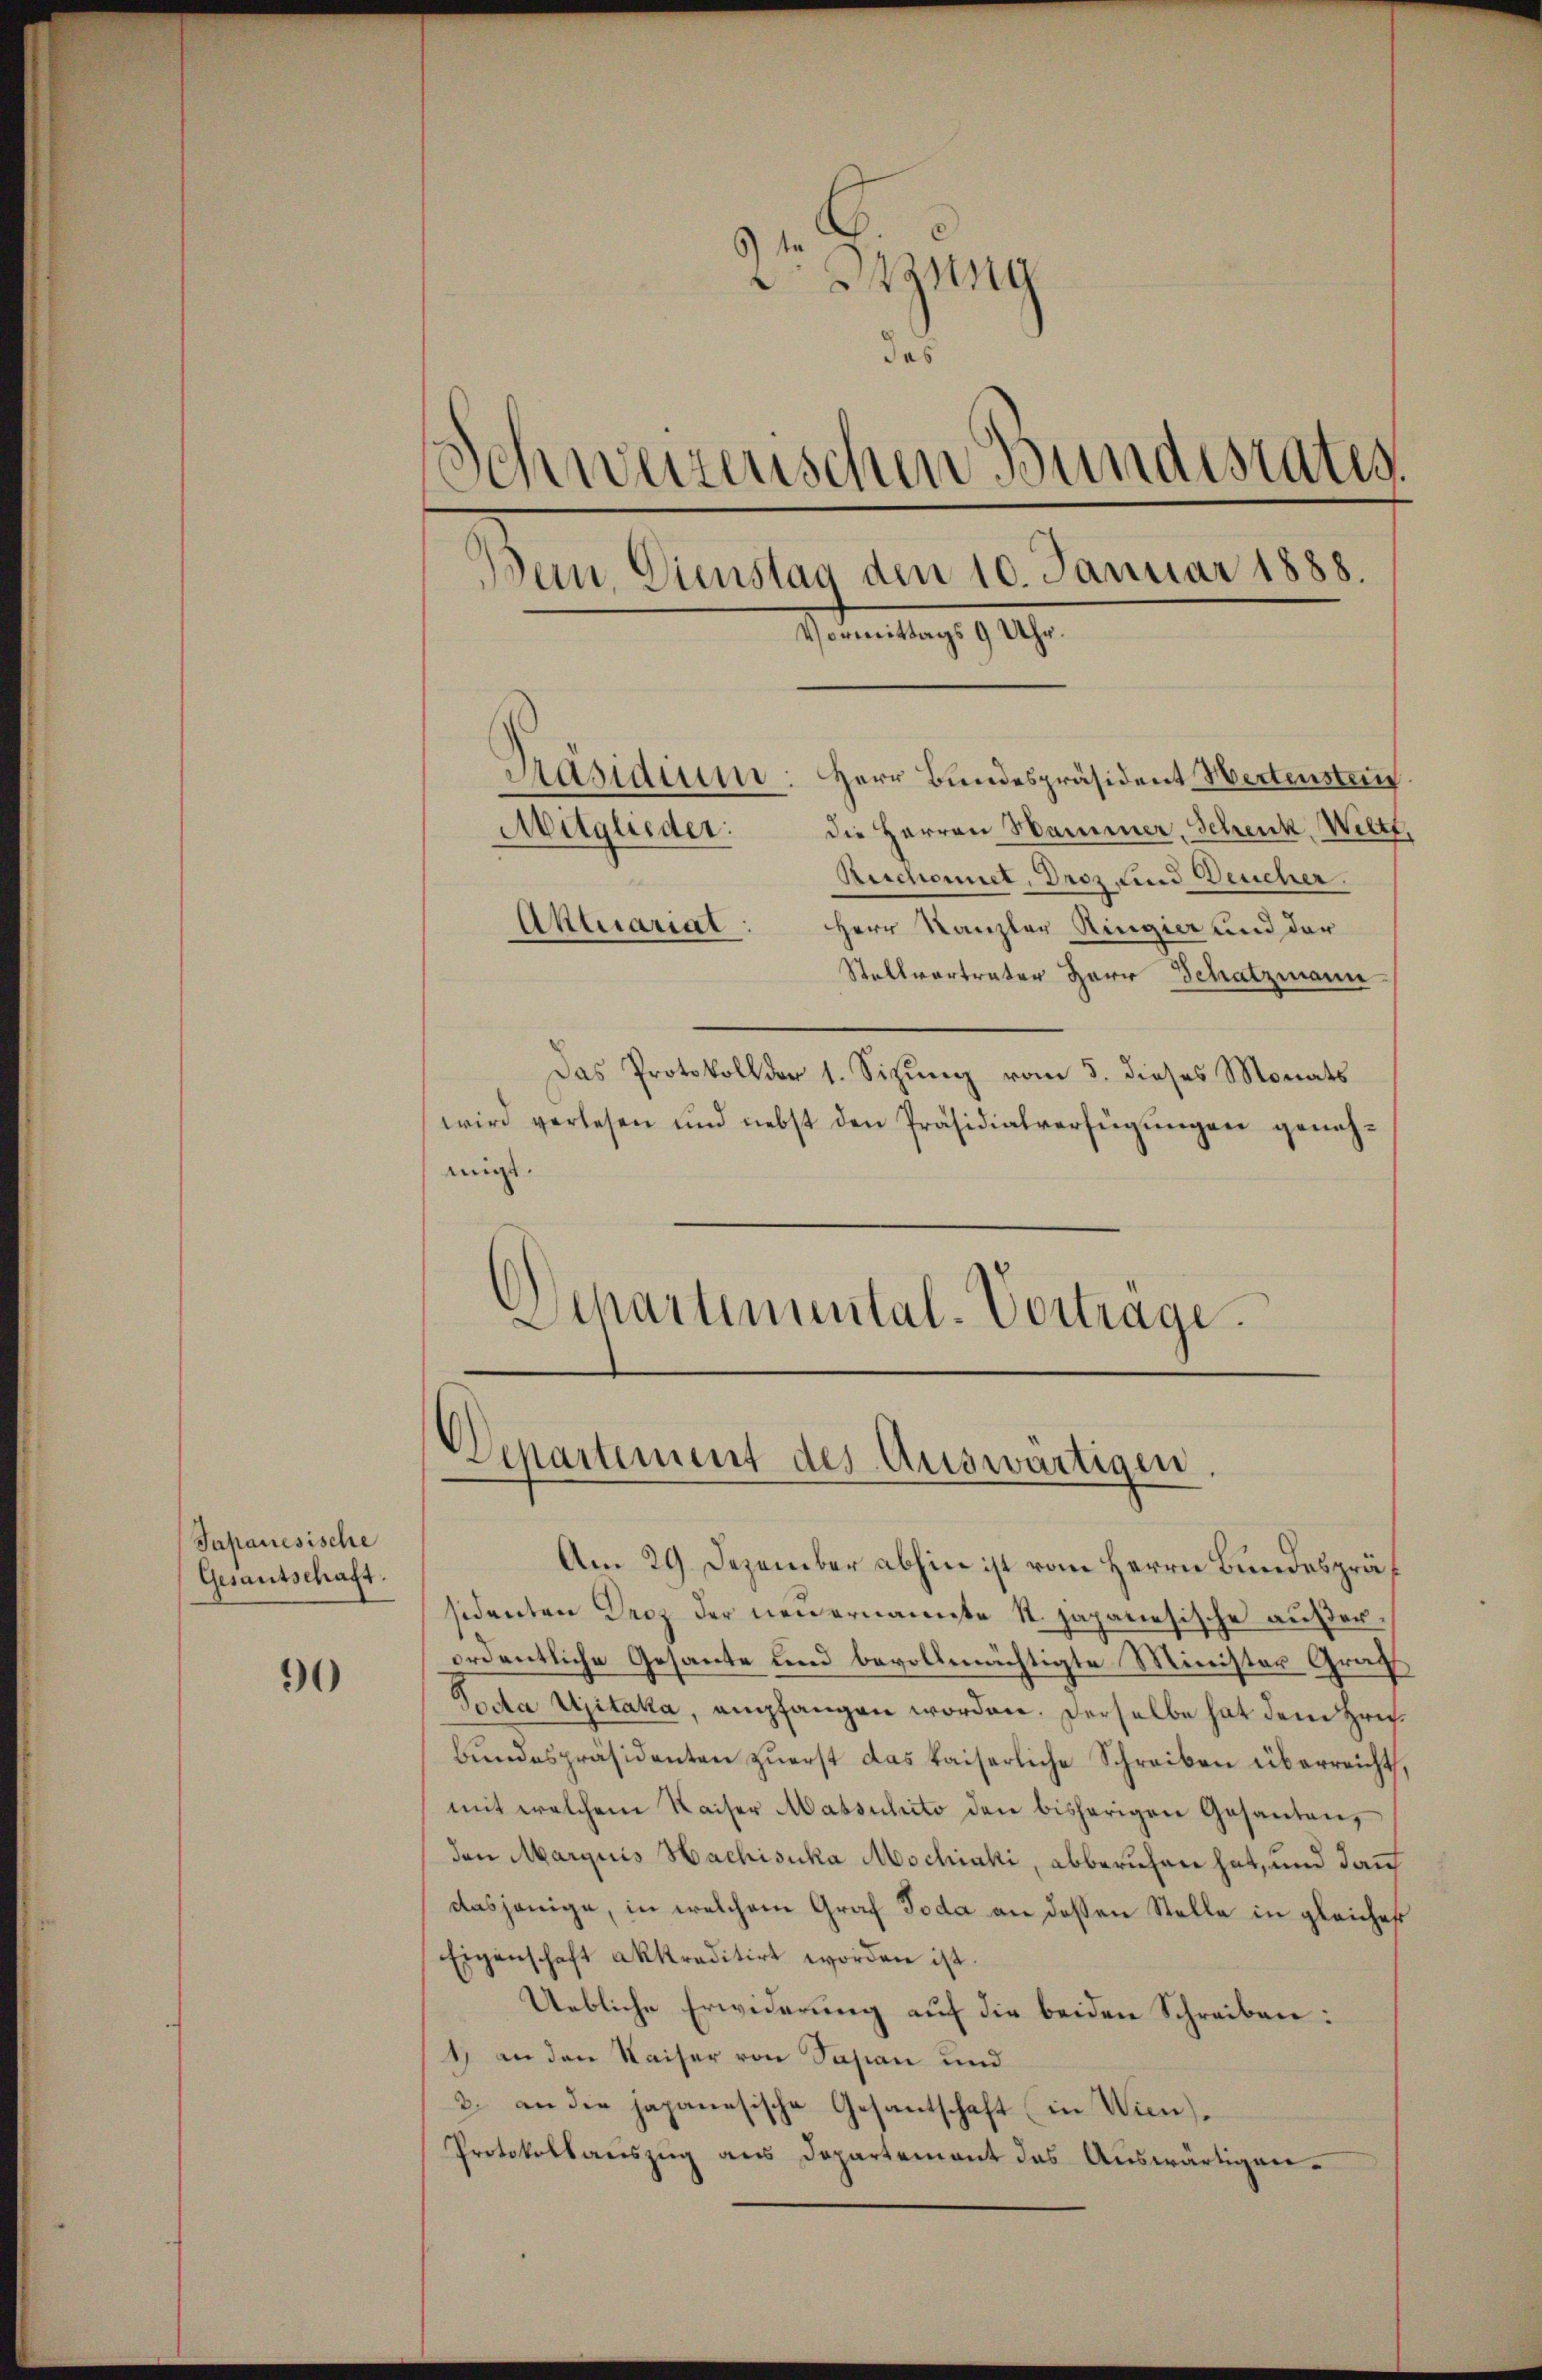
Japanesische
Gesantschaft.

90

2t Jung
das
Schweizerischen Bundesrates.
Bein, Dienstag den 10. Januar 1888.
Vormittags 9 Uhr.
Präsidium. Herr Bundespräsident Hertensten.
Mitglieder:
die Herren Hammer, Schenk, Weltt,
Reichnet, Droz. Kind Deucher.
Herr Kanzler Ringier und der
Aktuarial:
Stellvertrater Herr Schatzmann

Das Protokoll der 1. Sitzung vom 5. dieses Monats
wird verlesen und nebst den Präsidialverfügŭngen genehmigt.
Schartemental-Vortrage.

Am 29. Dezember abhin ist vom Herrn Bundespräf
sidenten Decz der neuernannte St. japanesische außerordentliche Gesante und bevollmächtigte Minister Graf
Tocta Ujitaka, empfangen worden. Derselbe hat dem Hrifbundespräsidenten zuerst das kaiserliche Schreiben überreicht,
mit welchem Kaiser Massuhito den bisherigen Gesanten,
den Marquis Hachisuka Mochiaki, abberuhen hat, und dann
dasjenige, in welchem Graf Toda an dessen Stelle in gleicher
Eigenschaft akkraditirt worden ist.
Uebliche Erwiderung auf die beiden Schreiben:
1) an den Waiser von Sasian und
2. an die japanesische Gesantschaft (in Win¬
Protokollauszug aus Departement das Auswärtigen¬

Departement des Auswärtigen.